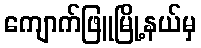
ကျောက်ဖြူမြို့နယ်မှ